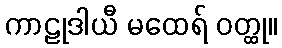
ကာဠုဒါယီ မထေရ် ဝတ္ထု။